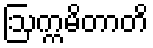
ဩက္ကမိတာတိ